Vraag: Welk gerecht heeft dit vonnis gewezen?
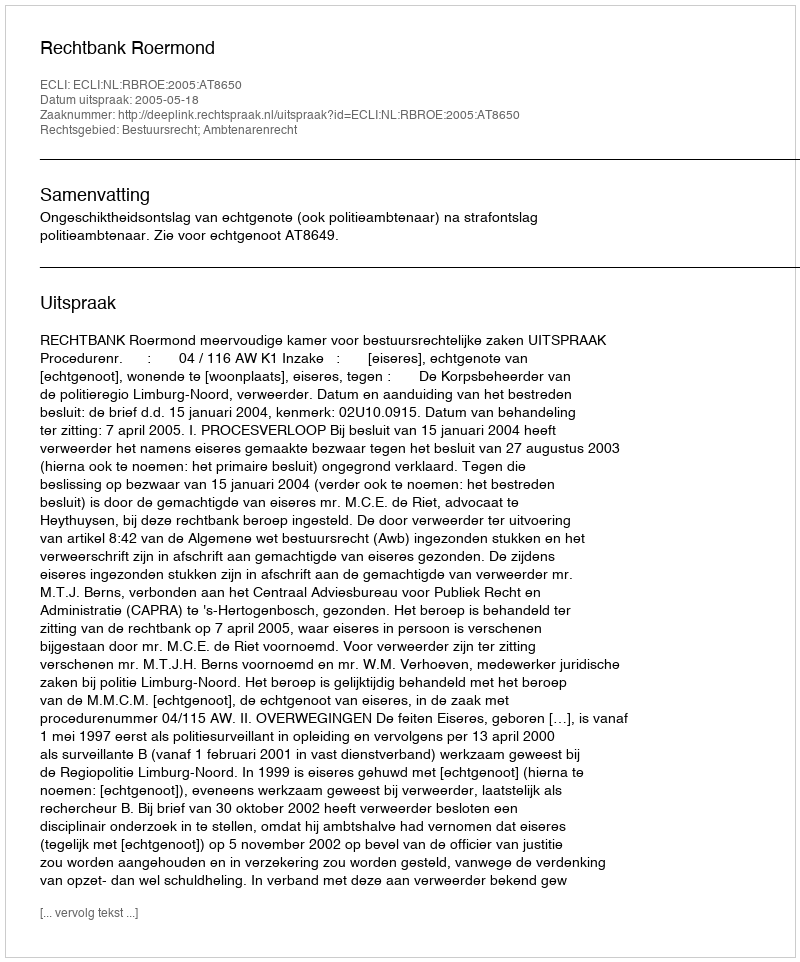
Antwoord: Rechtbank Roermond